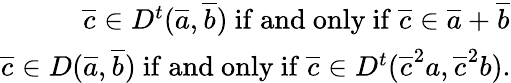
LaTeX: \begin{array}{r}{\overline{c}\in D^{t}(\overline{a},\overline{b})\mathrm{~if~and~only~if~}\overline{c}\in\overline{a}+\overline{b}}\\ {\overline{c}\in D(\overline{a},\overline{b})\mathrm{~if~and~only~if~}\overline{c}\in D^{t}(\overline{c}^{2}a,\overline{c}^{2}b).}\end{array}